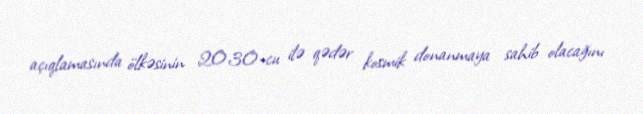
açıqlamasında ölkəsinin 2030-cu ilə qədər kosmik donanmaya sahib olacağını